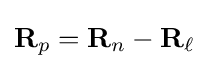
\mathbf {R} _{p}=\mathbf {R} _{n}-\mathbf {R_{\ell }}